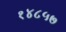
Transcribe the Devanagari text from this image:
१४८५७